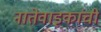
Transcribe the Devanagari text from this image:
नातेवाइकांची